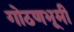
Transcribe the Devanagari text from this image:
गोठणभूमी